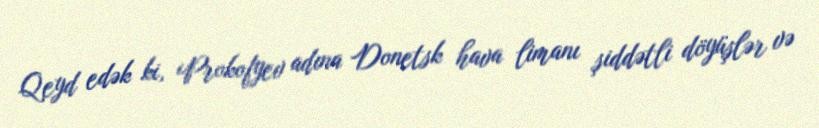
Qeyd edək ki, Prokofyev adına Donetsk hava limanı şiddətli döyüşlər və